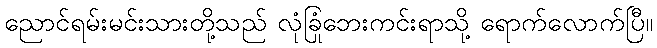
ညောင်ရမ်းမင်းသားတို့သည် လုံခြုံဘေးကင်းရာသို့ ရောက်လောက်ပြီ။